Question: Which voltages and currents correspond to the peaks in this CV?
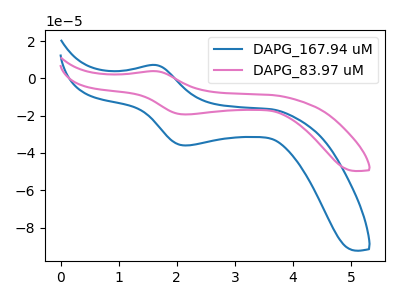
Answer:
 <answer>The blue curve "DAPG_167.94 uM" has an anodic peak at (1.65V, 7.15uA) and a cathodic peak at (2.15V, -36.00uA). The pink curve "DAPG_83.97 uM" has an anodic peak at (1.65V, 3.85uA) and a cathodic peak at (2.15V, -19.35uA).</answer>
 <eval></eval>